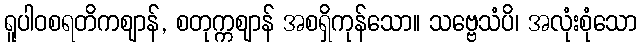
ရူပါဝစရတိကဈာန်, စတုက္ကဈာန် အစရှိကုန်သော။ သဗ္ဗေသံပိ၊ အလုံးစုံသော